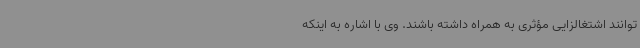
‌توانند اشتغالزایی مؤثری به همراه داشته باشند. وی با اشاره به اینکه